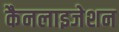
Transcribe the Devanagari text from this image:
कैनलाइजेशन